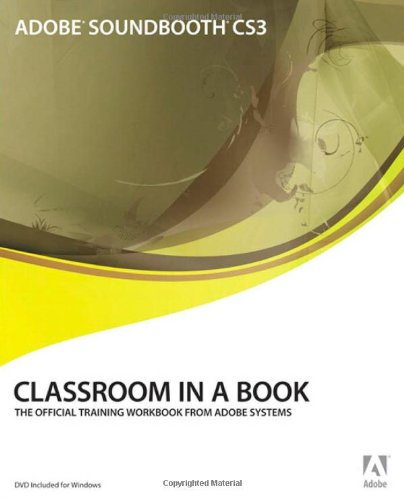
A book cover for Adobe Soundbooth CS3 Classroom in a Book; Sandee Adobe Creative Team; Computers & Technology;